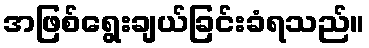
အဖြစ်ရွေးချယ်ခြင်းခံရသည်။